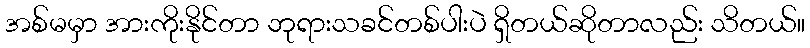
အစ်မမှာ အားကိုးနိုင်တာ ဘုရားသခင်တစ်ပါးပဲ ရှိတယ်ဆိုတာလည်း သိတယ်။